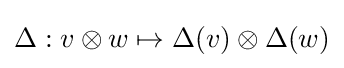
\Delta :v\otimes w\mapsto \Delta (v)\otimes \Delta (w)